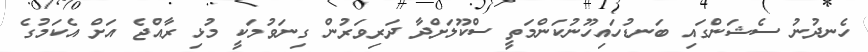
ހެނދުނު ސެޝަންގައި ބަނޑުހައިހޫނުކަންމަތީ ސްކޫލަށްދާ ދަރިވަރުން ގިނަވުމަކީ މުޅި ރާއްޖެ އަށް އެކަމުގެ